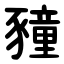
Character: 䝑